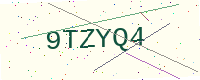
Text: 9TZYQ4